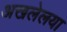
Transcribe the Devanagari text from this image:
अखलेलया